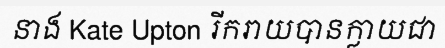
នាង Kate Upton រីករាយបានក្លាយជា